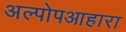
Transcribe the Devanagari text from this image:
अल्पोपआहारा